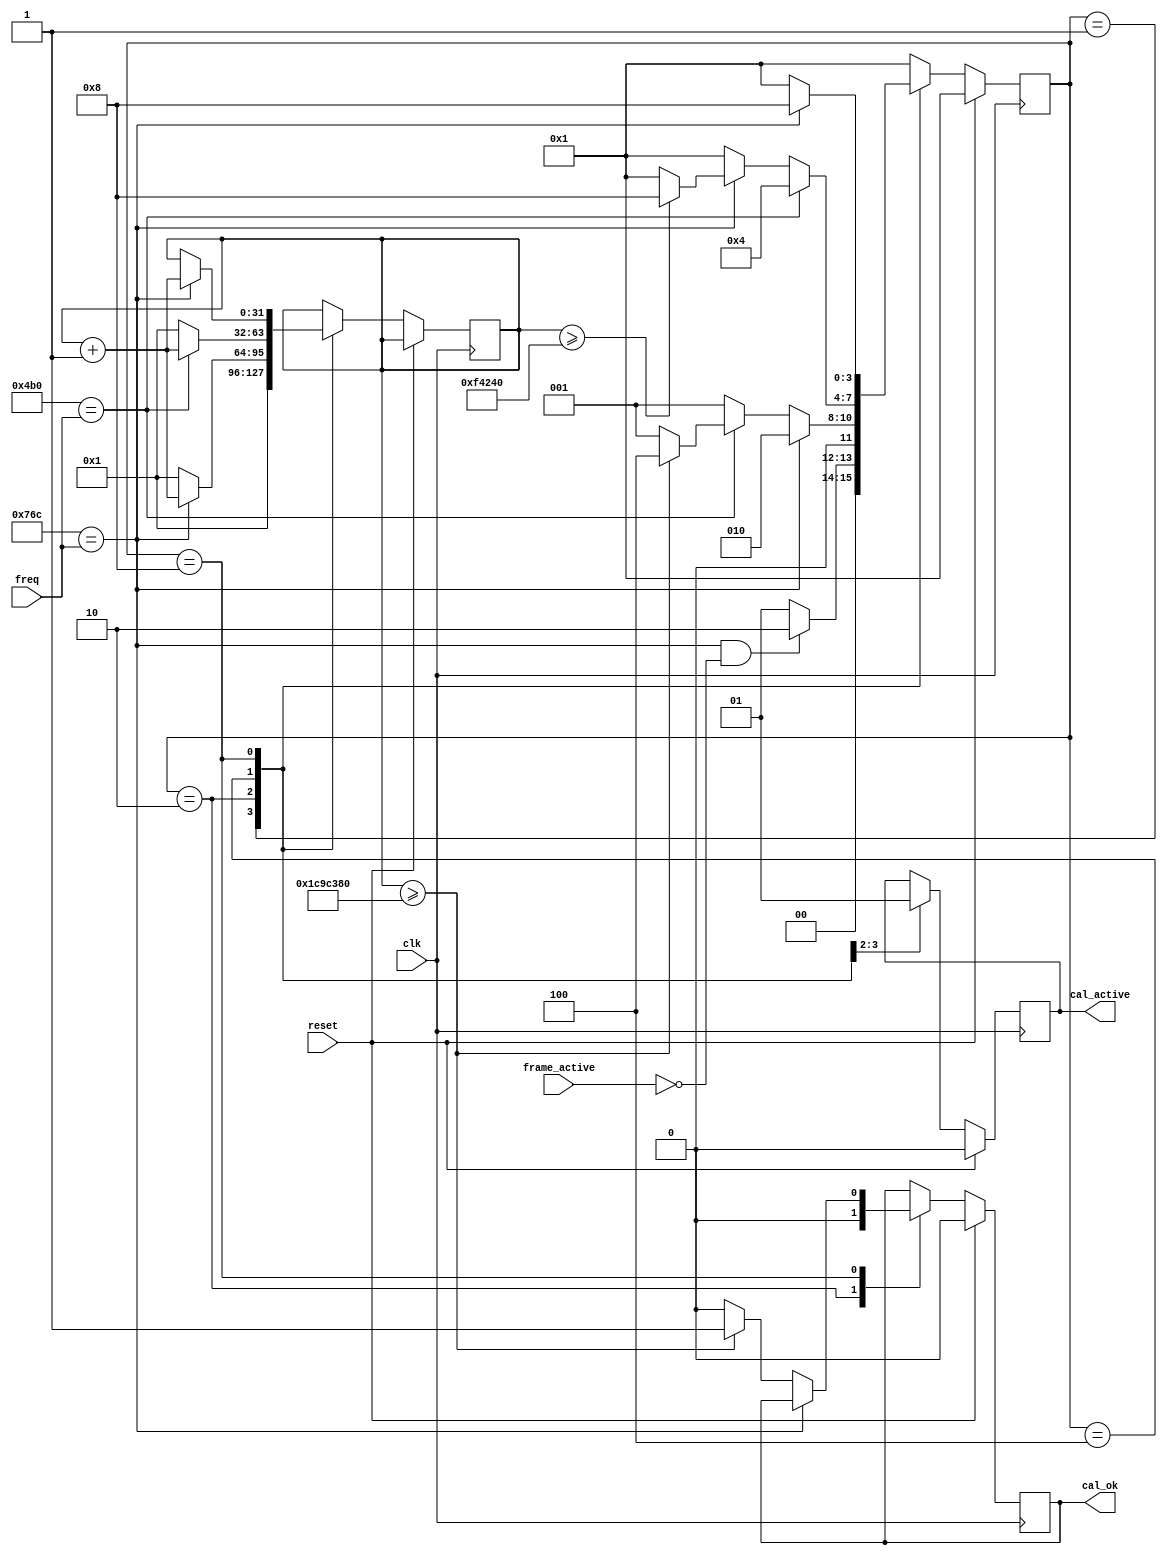
// sstv_cal.v
//
//
// Recognizes a slow-scan television (SSTV) calibration header,
// which consists of a 1900Hz tone for 300ms, a 1200Hz tone
// for 10ms, and another 1900Hz tone for 300ms.  Takes the
// a 12-bit input frequency (in Hz) and will drive out
// cal_active when the detection logic has seen an initial
// leader tone (and is trying to detect) and drives cal_ok
// when a valid calibration sequence has been seen.
module sstv_cal #(
    parameter simulate = 0
)   (
    input   clk,
    input   reset,
    input   frame_active,
    input   [11:0] freq,

    // Indicates when a calibration signal is being
    // received and (when done) if it was valid.
    output  reg cal_active,
    output  reg cal_ok
);

    reg [31:0] cal_counter;
    reg [3:0] cal_state;
    reg [3:0] next_cal_state;

    localparam  CLK_TICKS_10MS  = simulate ? 32'd1_000  : 32'd1_000_000;
    localparam  CLK_TICKS_300MS = simulate ? 32'd30_000 : 32'd30_000_000;

    localparam  FREQ_1900HZ = 12'd1900;
    localparam  FREQ_1200HZ = 12'd1200;

    // State definitions for calibration signal detector
    localparam SSTV_CAL_IDLE        = 4'b0001;
    localparam SSTV_CAL_LEADER_A    = 4'b0010;
    localparam SSTV_CAL_BREAK       = 4'b0100;
    localparam SSTV_CAL_LEADER_B    = 4'b1000;

    // Advance the state machine on the
    // rising edge of the clock.
    always @(posedge clk)
        if (reset)
            cal_state <= SSTV_CAL_IDLE;
        else
            cal_state <= next_cal_state;
     
    // Combinatorial logic to figure out the next state
    always @(*) begin
        next_cal_state = SSTV_CAL_IDLE;
        case(cal_state)
            
            // When we 'hear' 1900HZ, switch to the
            // first leader detection state
            SSTV_CAL_IDLE: begin
                if ((FREQ_1900HZ == freq) &&
                    !frame_active)
                    next_cal_state = SSTV_CAL_LEADER_A;
                else
                    next_cal_state = SSTV_CAL_IDLE;
            end

            // The leader tone needs to be 300ms long.
            // I'm saying that going longer is ok, but
            // shorter isn't.  May need to add some tolerance
            // to the timer, since I'm not sure how spot-on
            // the actual transmission is going to be.
            SSTV_CAL_LEADER_A: begin
                if (FREQ_1900HZ == freq)
                    next_cal_state = SSTV_CAL_LEADER_A;
                else if (FREQ_1200HZ == freq) 
                    // If we didn't get at least 300ms of
                    // leader, abort and go back to idle.
                    if (cal_counter >= CLK_TICKS_300MS) 
                        next_cal_state = SSTV_CAL_BREAK;
                    else
                        next_cal_state = SSTV_CAL_IDLE;
                else
                    next_cal_state = SSTV_CAL_IDLE;     
            end

            // Break is 10ms long. 
            SSTV_CAL_BREAK: begin
                if (FREQ_1200HZ == freq)
                    next_cal_state = SSTV_CAL_BREAK;
                else if (FREQ_1900HZ == freq)
                    // If we didn't get at least 10ms of
                    // break, abort and go back to idle.
                    if (cal_counter >= CLK_TICKS_10MS) 
                        next_cal_state = SSTV_CAL_LEADER_B;
                    else
                        next_cal_state = SSTV_CAL_IDLE;
                else
                    next_cal_state = SSTV_CAL_IDLE;
            end

            // This one is simpler than A, since the other block
            // is determining whether we waited long enough to
            // count this as a valid calibration header. 
            SSTV_CAL_LEADER_B: begin
                if (FREQ_1900HZ == freq)
                    next_cal_state = SSTV_CAL_LEADER_B;
                else
                    next_cal_state = SSTV_CAL_IDLE;
            end

            // Whoa, how'd we get here?
            default:
                next_cal_state = SSTV_CAL_IDLE;
        endcase
    end

    // Sequential logic to drive the calibration
    // detection logic signals.
    always @(posedge clk)
        if (reset) begin
            cal_active   <= 0; 
            cal_ok       <= 0; 
        end
        else
            case (cal_state)

                // Waiting for something to happen
                SSTV_CAL_IDLE: begin
                    cal_active  <= 0;  
                    cal_counter <= 32'd1;
                end

                // We've received a 1900Hz tone, begin counting
                SSTV_CAL_LEADER_A: begin
                    cal_active  <= 1;  
                    cal_ok      <= 0;
                    
                    // Count up each cycle we're on this frequency.
                    // Reset when we change.
                    if (FREQ_1900HZ == freq)
                        cal_counter <= cal_counter + 32'd1;
                    else
                        cal_counter <= 32'd1;
                end

                // Wait for 1200 Hz done to end
                SSTV_CAL_BREAK: begin
                    // Same kind of counting as before, but for
                    // the break frequency this time.
                    if (FREQ_1200HZ == freq)
                        cal_counter <= cal_counter + 32'd1;
                    else
                        cal_counter <= 32'd1;
                end

                // Set Calibration OK when the frequency changes
                // from 1900 Hz.  This should be the end of the
                // calibration cycle.
                SSTV_CAL_LEADER_B: begin
                    // Don't need to reset the counter this
                    // time since the idle state does it.
                    if (FREQ_1900HZ == freq)
                        cal_counter <= cal_counter + 32'd1;
                    else begin
                        if (cal_counter >= CLK_TICKS_300MS)
                            cal_ok <= 1;
                        else
                            cal_ok <= 0;
                    end
                end

            endcase

    

endmodule